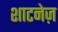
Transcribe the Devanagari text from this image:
शाटनेज़